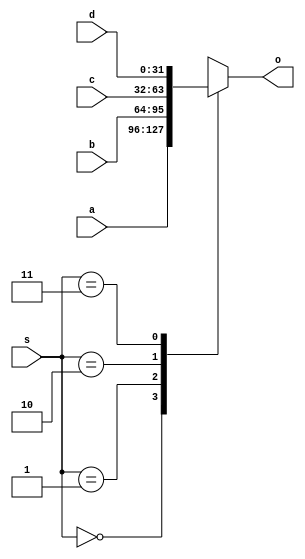
`timescale 1ns / 1ps
//////////////////////////////////////////////////////////////////////////////////
// Company: 
// Engineer: 
// 
// Design Name: 
// Module Name:    MUX4T1_32 
// Project Name: 
// Target Devices: 
// Tool versions: 
// Description: 
//
// Dependencies: 
//
// Revision: 
// Revision 0.01 - File Created
// Additional Comments: 
//
//////////////////////////////////////////////////////////////////////////////////
module MUX4T1_32(input [1:0] s,
					  input [31:0] a,
					  input [31:0] b,
					  input [31:0] c,
					  input [31:0] d,
					  output reg [31:0] o
    );
always @ (*)
	case (s)
		0 : o <= a;
		1 : o <= b;
		2 : o <= c;
		3 : o <= d;
	endcase

endmodule